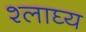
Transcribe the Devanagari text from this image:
श्लाघ्य